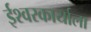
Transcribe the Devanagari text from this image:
ईश्वरकार्याला